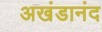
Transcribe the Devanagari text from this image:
अखंडानंद